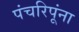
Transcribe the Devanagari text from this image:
पंचरिपूंना